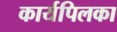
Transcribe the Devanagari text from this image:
कार्यपिलका